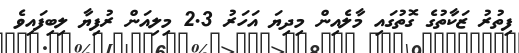
ފިތުރު ޒަކާތުގެ ގޮތުގައި މާލެއިން މިދިޔަ އަހަރު 2.3 މިލިއަން ރުފިޔާ ލިބިފައިވެ